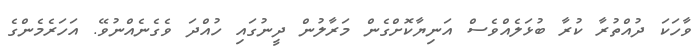
ވާހަކަ ދުއްތުރާ ކުރާ ބުޅަލެއްވެސް އަނިޔާކޮށްގެން މަރާލުން ދީނުގައި ހުއްދަ ވެގެނެއްނުވޭ. އަހަރެމެންގެ